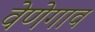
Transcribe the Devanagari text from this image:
वेणेगाव